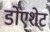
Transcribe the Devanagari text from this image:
डोएशेट